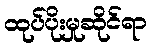
ထုပ်ပိုးမှုဆိုင်ရာ